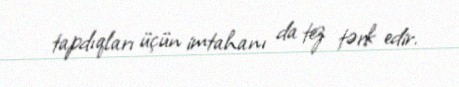
tapdıqları üçün imtahanı da tez tərk edir.